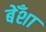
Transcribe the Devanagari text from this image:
बेँशा